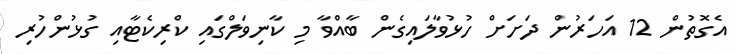
އެގޮތުން 12 އަހަރުން ދަށަށް ހުޅުވާލައިގެން ބާއްވާ މި ކާނިވަލްގައި ކްރިކެޓާއި ގުޅުންހުރި